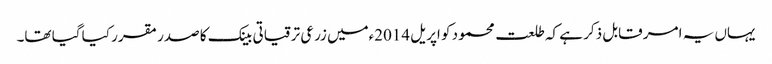
یہاں یہ امر قابل ذکر ہے کہ طلعت محمود کو اپریل 2014ءمیں زرعی ترقیاتی بینک کا صدر مقرر کیا گیا تھا۔